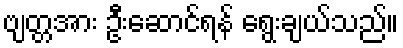
ဗျတ္တအား ဦးဆောင်ရန် ရွေးချယ်သည်။